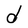
Character: d